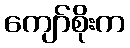
ကျော်စိုးက